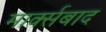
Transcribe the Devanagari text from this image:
मार्क्सबाद